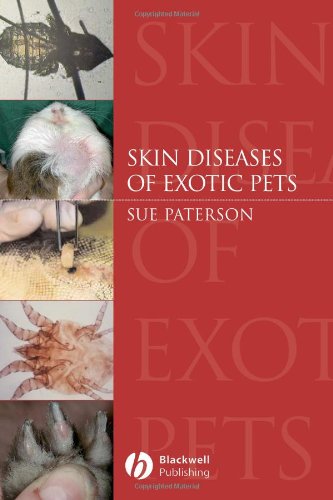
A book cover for Skin Diseases of Exotic Pets; Medical Books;